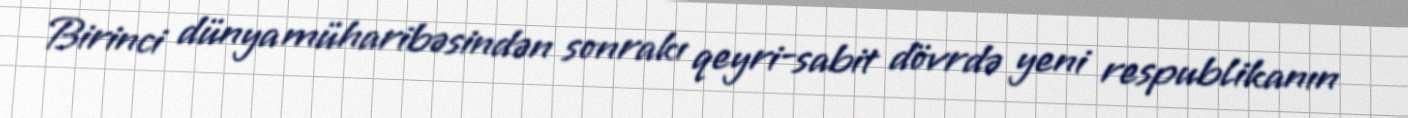
Birinci dünya müharibəsindən sonrakı qeyri-sabit dövrdə yeni respublikanın